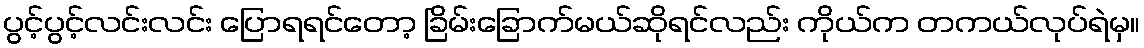
ပွင့်ပွင့်လင်းလင်း ပြောရရင်တော့ ခြိမ်းခြောက်မယ်ဆိုရင်လည်း ကိုယ်က တကယ်လုပ်ရဲမှ။